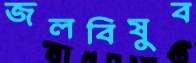
জলবিষুব